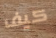
كيف